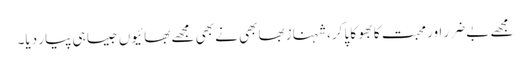
مجھے بے ضرر اور محبت کا بھوکا پا کر، شہناز بھابھی نے بھی مجھے بھائیوں جیسا ہی پیار دیا۔